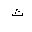
Letter: _tha